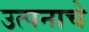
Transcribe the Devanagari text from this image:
उत्पनाचे